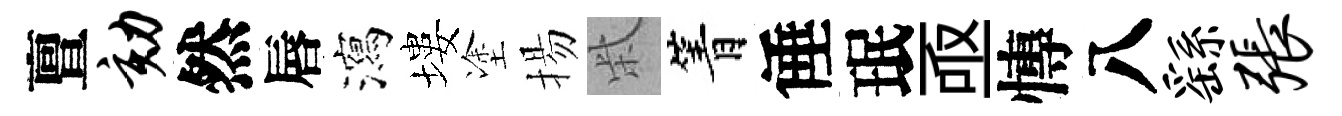
亶劾然唇瀉塿塗揚柴箐倕珉亟慱八繇张